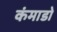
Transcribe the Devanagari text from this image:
कंमाडो